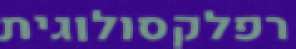
רפלקסולוגית